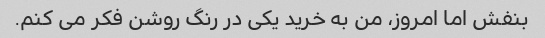
بنفش اما امروز، من به خرید یکی در رنگ روشن فکر می کنم.